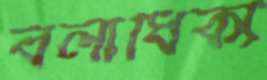
বলাধিক্য